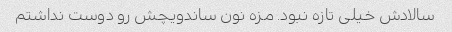
سالادش خیلی تازه نبود. مزه نون ساندویچش رو دوست نداشتم